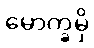
မောက္ခမှိ